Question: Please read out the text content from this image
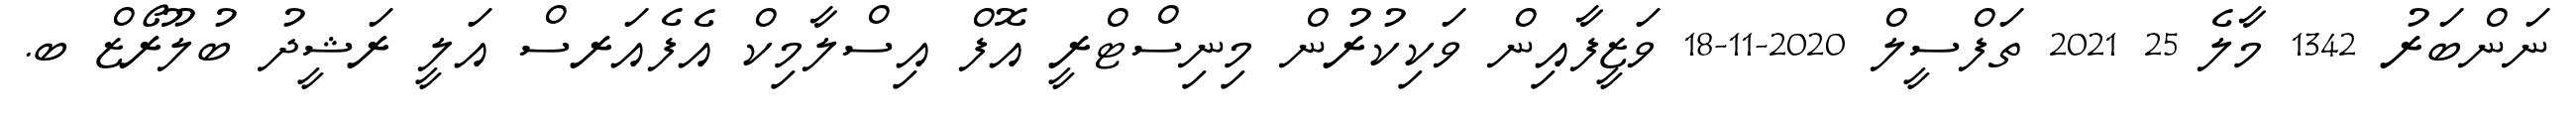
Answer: ނަންބަރު 1342 މާލެ 25 2021 ތަފްސީލް 2020-11-18 ވަޒީފާއިން ވަކިކުރުން މިނިސްޓްރީ އޮފް އިސްލާމިކް އެފެއަރސް އަލީ ރަޝީދު ބުލޫރޯޒް ބ.